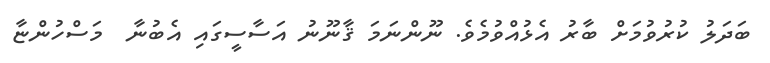
ބަދަލު ކުރުވުމަށް ބާރު އެޅުއްވުމެވެ. ނޫންނަމަ ޤާނޫނު އަސާސީގައި އެބުނާ  މަސްހުންޏާ